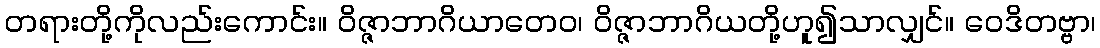
တရားတို့ကိုလည်းကောင်း။ ဝိဇ္ဇာဘာဂိယာတေဝ၊ ဝိဇ္ဇာဘာဂိယတို့ဟူ၍သာလျှင်။ ဝေဒိတဗ္ဗာ၊